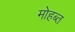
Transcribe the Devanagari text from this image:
मोहब्त